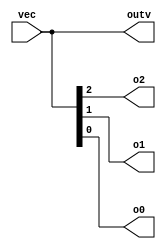
// This program was cloned from: https://github.com/Yvan-xy/verilog-doc
// License: GNU General Public License v2.0

module top_module ( 
    input wire [2:0] vec,
    output wire [2:0] outv,
    output wire o2,
    output wire o1,
    output wire o0  ); // Module body starts after module declaration
    assign o0 = vec[0];
    
    assign o1 = vec[1];
    
    assign o2 = vec[2];
    
assign outv = vec;
endmodule